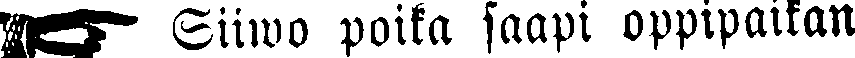
☛ Siiwo poika saapi oppipaikan